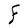
Character: F